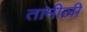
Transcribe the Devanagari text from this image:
तामीली